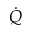
\dot { Q }